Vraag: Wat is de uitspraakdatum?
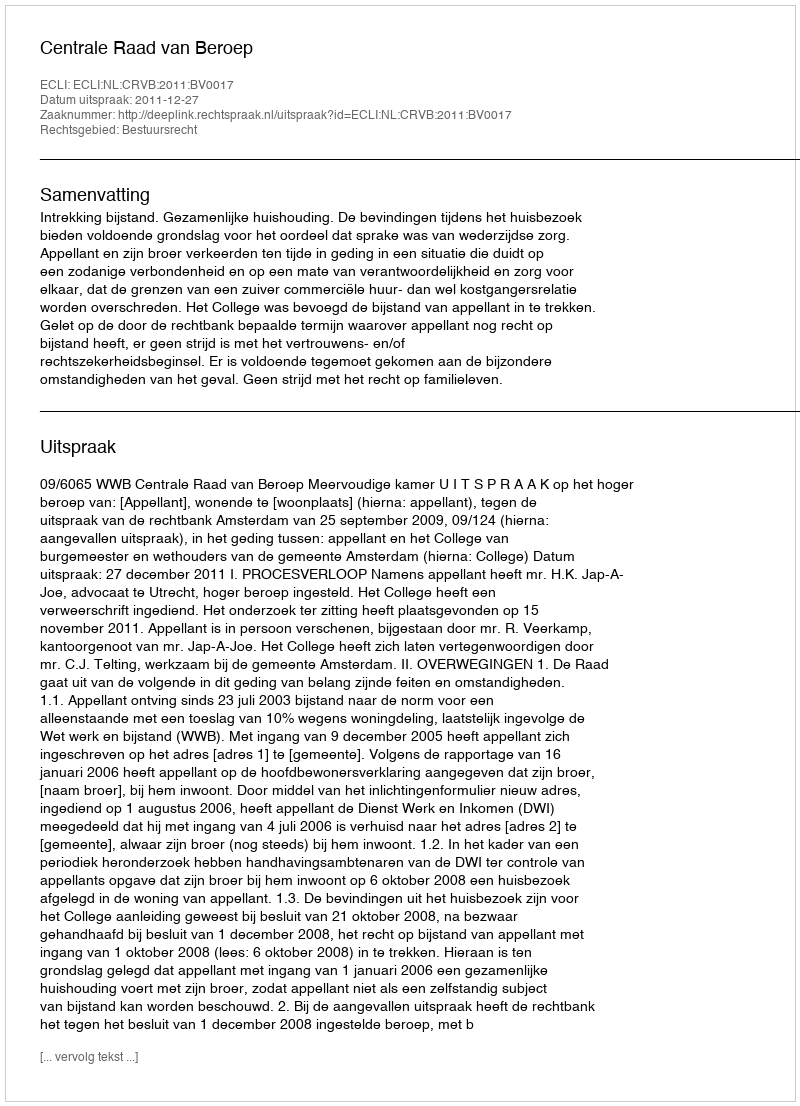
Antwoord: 2011-12-27